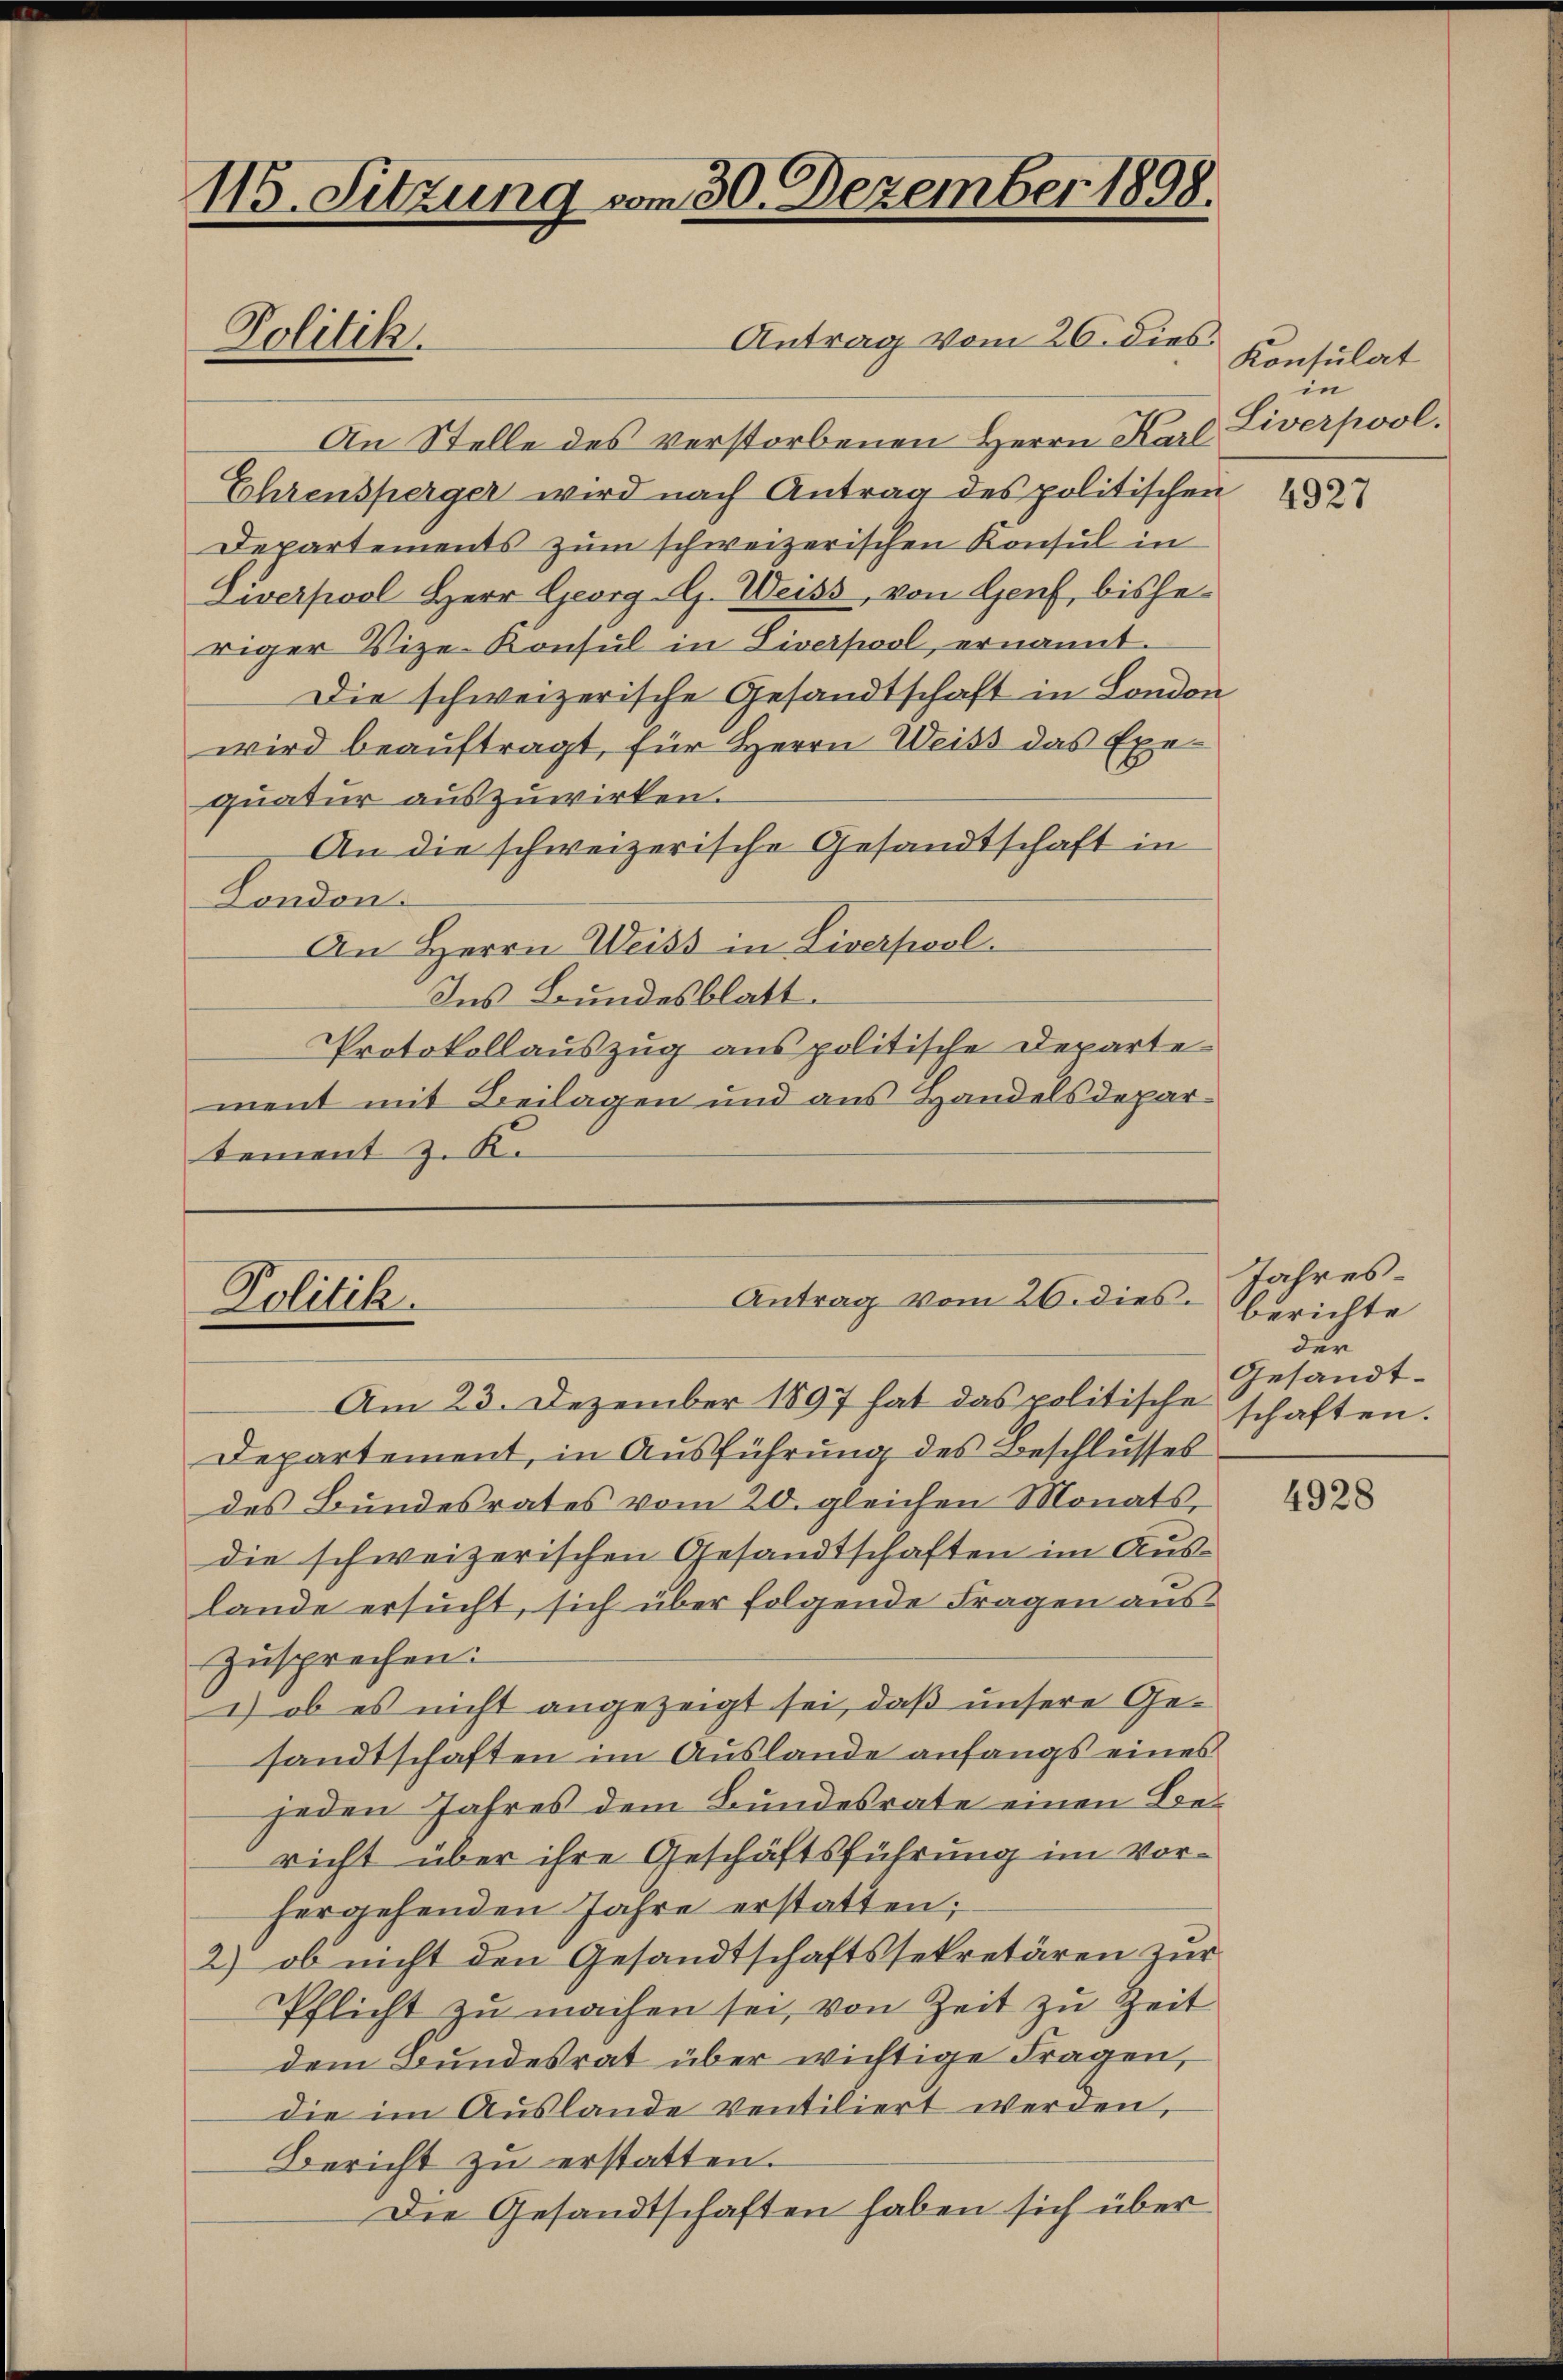
116. Sitzung vom 30. Dezember 1898.
Antrag vom 26. dies
Politik.

An Stelle des verstorbenen Herrn Karl
Ehrensperger wird nach Antrag des politischen
Departements zum schweizerischen Konsul in
Diverpool Herr Georg G. Weiss, von Genf, bisheriger Vize-Konsul in Liverpool, ernannt
Die schweizerische Gesandtschaft in London
wird beauftragt, für Herrn Weiss das Exequatur auszuwirken.
An die schweizerische Gesandtschaft in
London.
An Herrn Weiss in Liversol
Ins Bundesblatt.
Protokollauszug aus politische Departe
ment mit Beilagen und aus Handelsdepartement z. K.

Antrag vom 26. dies
Politik.

Am 23. Dezember 1897 hat das politische schaften.
Departement, in Ausführung des Beschlusses
des Bundesrates vom 20. gleichen Monats,
die schweizerischen Gesandtschaften im Auslande ersucht, sich über folgende Fragen auszusprechen.
) ob es nicht angezeigt sei, daß unsere Gesandtschaften im Auslande anfangs eines
jeden Jahres dem Bundesrate einen Bericht über ihre Geschäftsführung im Vorhergehenden Jahre erstatten;
2) ob nicht den Gesandtschaftssekretären zur
Pflicht zu machen sei, von Zeit zu Zeit
dem Bundesrat über wichtige Fragen,
die im Auslande ventiliert werden,
Bericht zu erstatten.
Die Gesandtschaften haben sich über

Konsulat
in
Liverpool.

4927

Jahresberichte
der
Gesandt-

4928